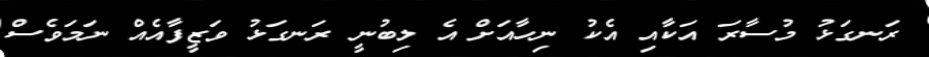
ރަނގަޅު މުސާރަ އަކާއި އެކު ނިހާއަށް އެ ލިބުނީ ރަނގަޅު ވަޒީފާއެއް ނަމަވެސް